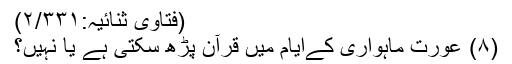
(فتاویٰ ثنائیہ:۲/۳۳۱)
(۸) عورت ماہواری کےایام میں قرآن پڑھ سکتی ہے یا نہیں؟